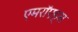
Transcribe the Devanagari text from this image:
एमरॉएड्स